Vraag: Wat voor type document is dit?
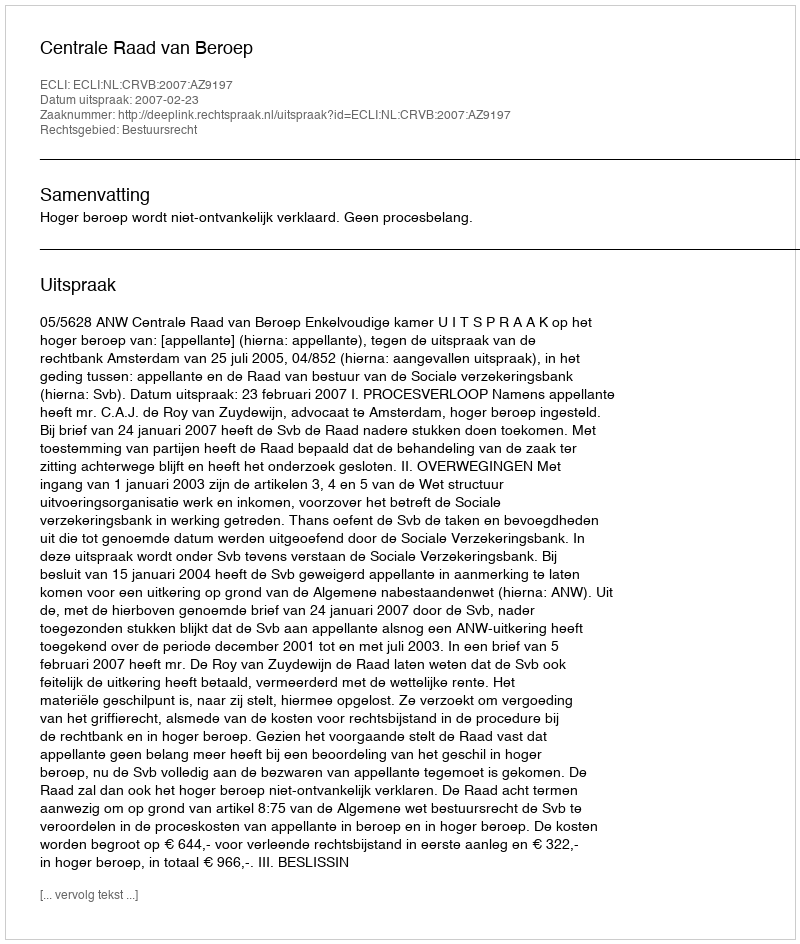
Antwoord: Uitspraak